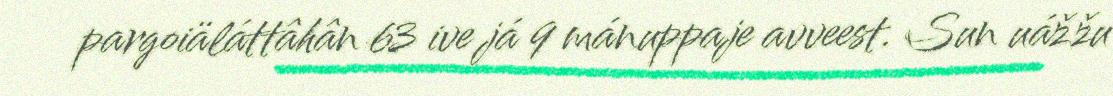
pargoiäláttâhân 63 ive já 9 mánuppaje avveest. Sun uážžu